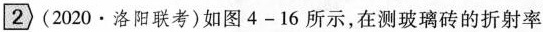
2 (2020 · 洛阳联考)如图4-16所示，在测玻璃砖的折射率